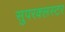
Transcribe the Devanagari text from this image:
सुपरक्‍लस्टर